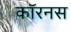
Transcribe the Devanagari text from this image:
कॉरनस